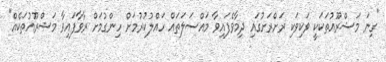
"ގިނަ މަޝްރޫއުތަކަކީ ވަކިވަކި ރަށްރަށުގައި ދިމާވެފައިވާ މައްސަލަތައް ހައްލުކުރުމަށް ހިންގުމަށް ރާވާފައިވާ މަޝްރޫއުތަކެއް"